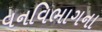
વનવિભાગના